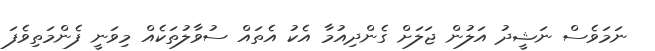
ނަމަވެސް ނަޝީދު އަލުން ޖަލަށް ގެންދިއުމާ އެކު އެތައް ސުވާލުތަކެއް މިވަނީ ފެންމަތިވެފަ